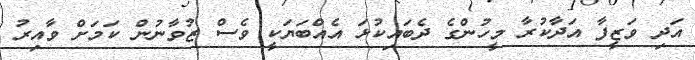
އަދި ވަޒީފާ އަދާކުރާ މީހުންގެ ދެބައިކުޅަ އެއްބަޔަކީ ވެސް ޒުވާނުން ކަމަށް ވާއިރު